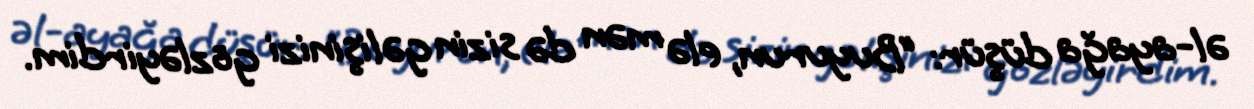
əl-ayağa düşür: “Buyurun, elə mən də sizin gəlişinizi gözləyirdim.